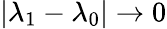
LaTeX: \vert\lambda_{1}-\lambda_{0}\vert\rightarrow 0